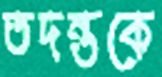
তদন্তকে